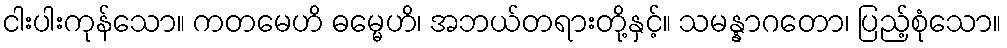
ငါးပါးကုန်သော။ ကတမေဟိ ဓမ္မေဟိ၊ အဘယ်တရားတို့နှင့်။ သမန္နာဂတော၊ ပြည့်စုံသော။